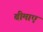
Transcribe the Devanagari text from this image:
बीमाएं